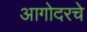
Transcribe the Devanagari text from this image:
आगोदरचे